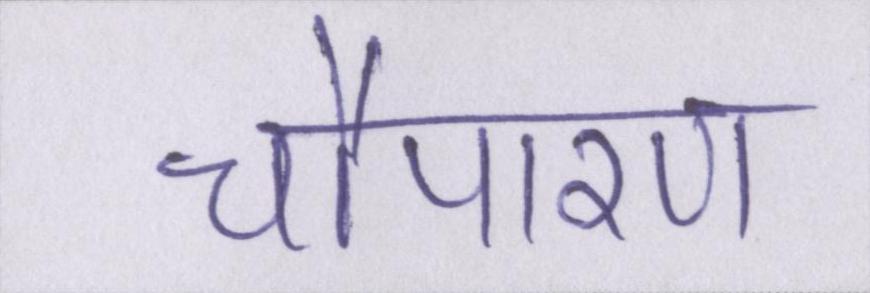
चौपारण